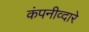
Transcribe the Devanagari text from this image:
कंपनीव्दारे